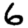
Digit: 6